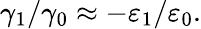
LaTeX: \gamma_{1}/\gamma_{0}\approx-\varepsilon_{1}/\varepsilon_{0}.